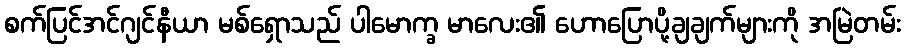
စက်ပြင်အင်ဂျင်နီယာ မစ်ရှောသည် ပါမောက္ခ မာလေး၏ ဟောပြောပို့ချချက်များကို အမြဲတမ်း